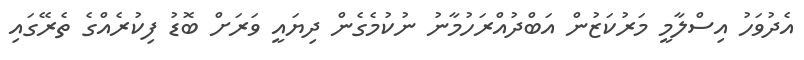
އެދުވަހު އިސްލާމީ މަރުކަޒުން އަބްދުއްރަހުމާނު ނުކުމެގެން ދިޔައީ ވަރަށް ބޮޑު ފިކުރެއްގެ ތެރޭގައި